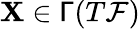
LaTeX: \mathbf{X}\in\mathsf{{\Gamma}}(T{\mathcal{F}})